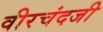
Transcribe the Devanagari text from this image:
वीरचंदजी